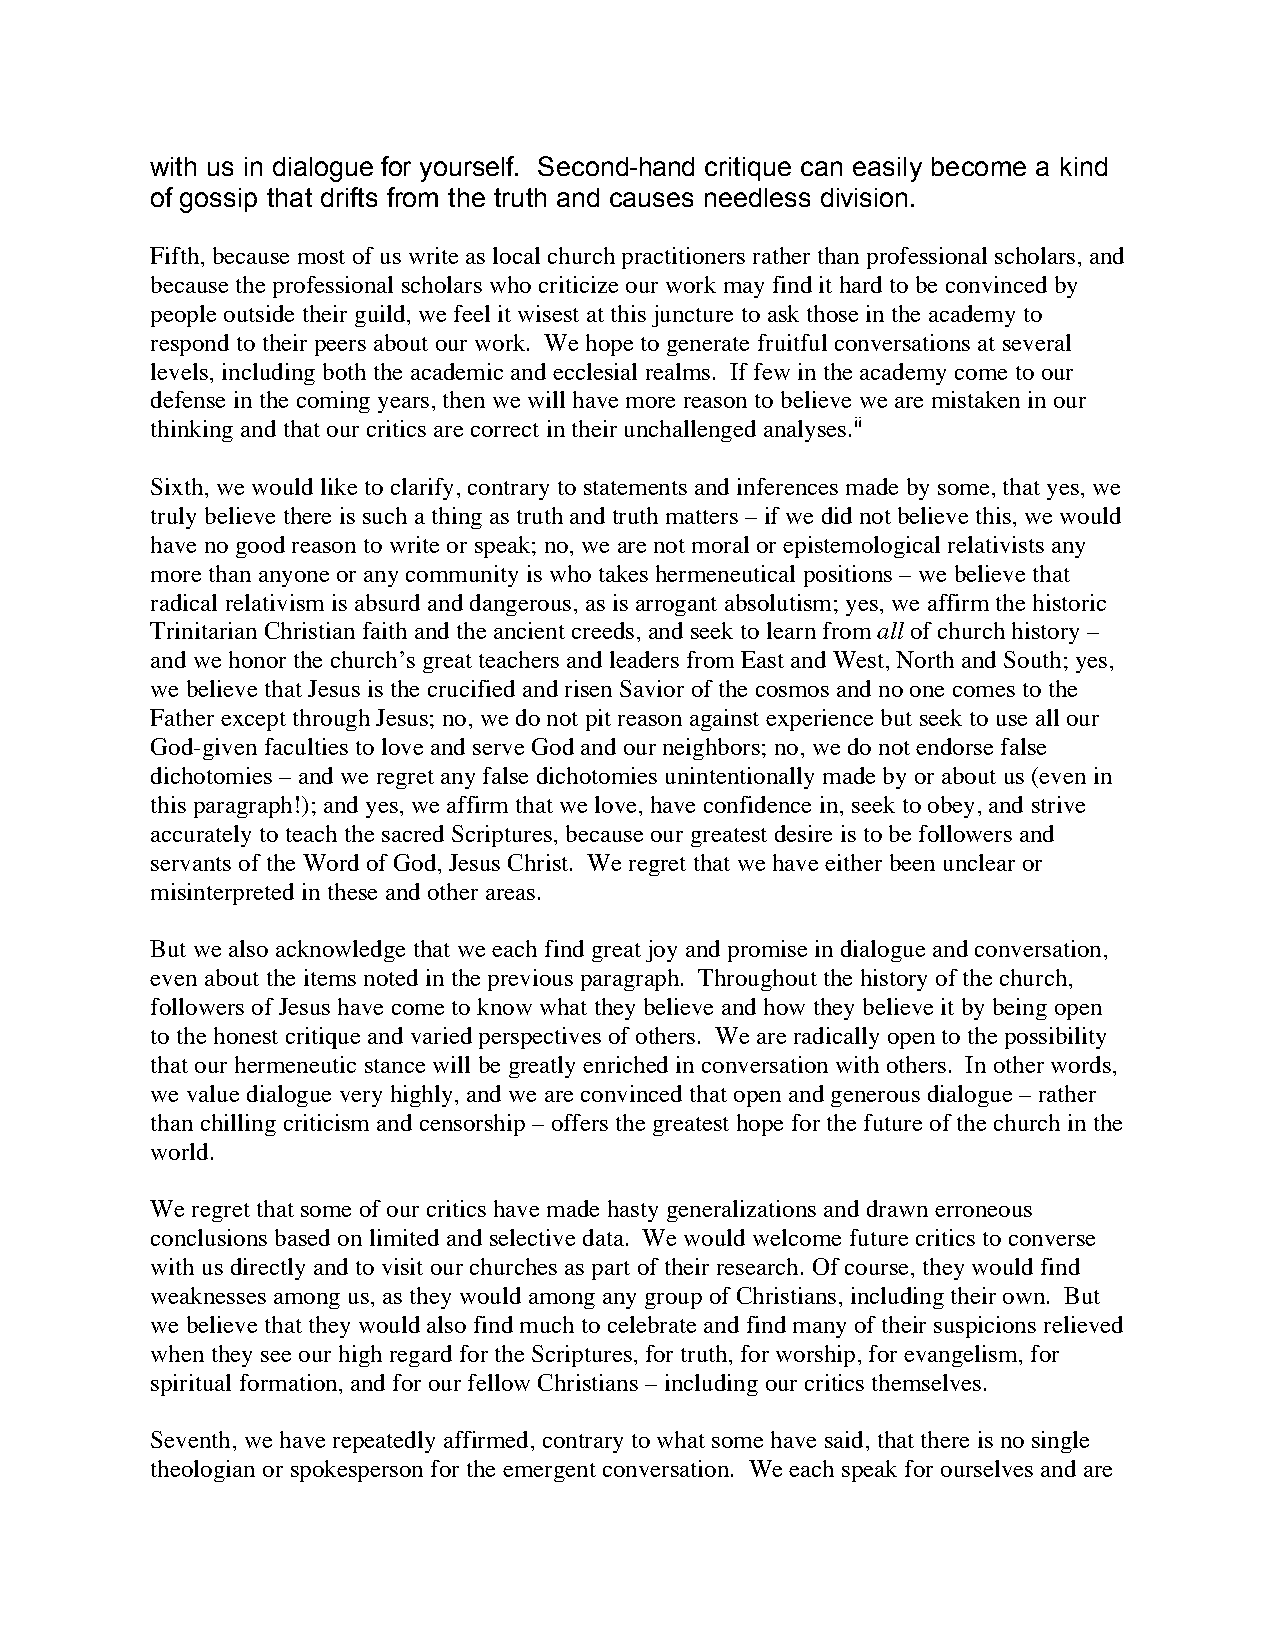
with us in dialogue for yourself. Second-hand critique can easily become a kind
 of gossip that drifts from the truth and causes needless division.
 Fifth, because most of us write as local church practitioners rather than professional scholars, and
 because the professional scholars who criticize our work may find it hard to be convinced by
 people outside their guild, we feel it wisest at this juncture to ask those in the academy to
 respond to their peers about our work. We hope to generate fruitful conversations at several
 levels, including both the academic and ecclesial realms. If few in the academy come to our
 defense in the coming years, then we will have more reason to believe we are mistaken in our
 thinking and that our critics are correct in their unchallenged analyses.ii
 Sixth, we would like to clarify, contrary to statements and inferences made by some, that yes, we
 truly believe there is such a thing as truth and truth matters – if we did not believe this, we would
 have no good reason to write or speak; no, we are not moral or epistemological relativists any
 more than anyone or any community is who takes hermeneutical positions – we believe that
 radical relativism is absurd and dangerous, as is arrogant absolutism; yes, we affirm the historic
 Trinitarian Christian faith and the ancient creeds, and seek to learn from all of church history –
 and we honor the church’s great teachers and leaders from East and West, North and South; yes,
 we believe that Jesus is the crucified and risen Savior of the cosmos and no one comes to the
 Father except through Jesus; no, we do not pit reason against experience but seek to use all our
 God-given faculties to love and serve God and our neighbors; no, we do not endorse false
 dichotomies – and we regret any false dichotomies unintentionally made by or about us (even in
 this paragraph!); and yes, we affirm that we love, have confidence in, seek to obey, and strive
 accurately to teach the sacred Scriptures, because our greatest desire is to be followers and
 servants of the Word of God, Jesus Christ. We regret that we have either been unclear or
 misinterpreted in these and other areas.
 But we also acknowledge that we each find great joy and promise in dialogue and conversation,
 even about the items noted in the previous paragraph. Throughout the history of the church,
 followers of Jesus have come to know what they believe and how they believe it by being open
 to the honest critique and varied perspectives of others. We are radically open to the possibility
 that our hermeneutic stance will be greatly enriched in conversation with others. In other words,
 we value dialogue very highly, and we are convinced that open and generous dialogue – rather
 than chilling criticism and censorship – offers the greatest hope for the future of the church in the
 world.
 We regret that some of our critics have made hasty generalizations and drawn erroneous
 conclusions based on limited and selective data. We would welcome future critics to converse
 with us directly and to visit our churches as part of their research. Of course, they would find
 weaknesses among us, as they would among any group of Christians, including their own. But
 we believe that they would also find much to celebrate and find many of their suspicions relieved
 when they see our high regard for the Scriptures, for truth, for worship, for evangelism, for
 spiritual formation, and for our fellow Christians – including our critics themselves.
 Seventh, we have repeatedly affirmed, contrary to what some have said, that there is no single
 theologian or spokesperson for the emergent conversation. We each speak for ourselves and are